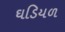
ઘડિયળ